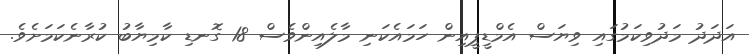
އަދަދު މަދުވިކަމުގައި ވިޔަސް އެމްޑީޕީއިން ހަމައެކަނި މާލެއިންވެސް 18 ގޮނޑި ކާމިޔާބު ކުރާނެކަމަށެވެ.